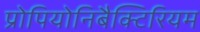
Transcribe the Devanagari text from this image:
प्रोपियोनिबैक्टिरियम